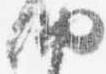
納